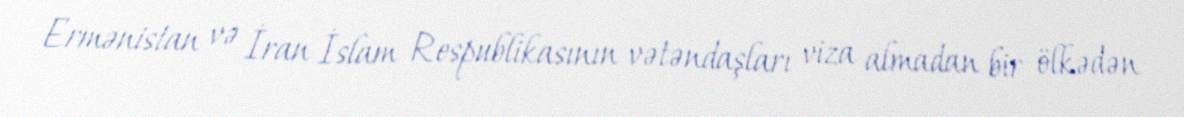
Ermənistan və İran İslam Respublikasının vətəndaşları viza almadan bir ölkədən